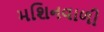
મશિનવાળી